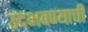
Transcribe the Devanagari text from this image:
उदभवण्याची